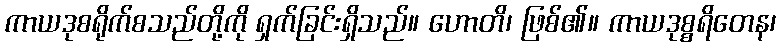
ကာယဒုစရိုက်စသည်တို့ကို ရှက်ခြင်းရှိသည်။ ဟောတိ၊ ဖြစ်၏။ ကာယဒုစ္စရိတေန၊